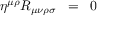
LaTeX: \eta ^ { \mu \rho } R _ { \mu \nu \rho \sigma } \; \; = \; \; 0